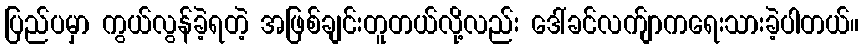
ပြည်ပမှာ ကွယ်လွန်ခဲ့ရတဲ့ အဖြစ်ချင်းတူတယ်လို့လည်း ဒေါ်ခင်လက်ျာကရေးသားခဲ့ပါတယ်။